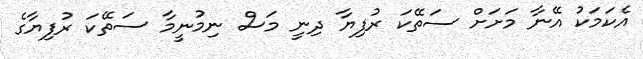
އެކަމަކު އޭނާ މަށަށް ސަތޭކަ ރުފިޔާ ދިނީ މަސް ނިމުނީމާ ސަތޭކަ ރުފިޔާގެ